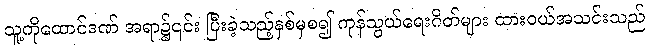
သူ့ကိုထောင်ဒဏ် အရာ၌၎င်း ပြီးခဲ့သည့်နှစ်မှစ၍ ကုန်သွယ်ရေးဂိတ်များ ထားဝယ်အသင်းသည်